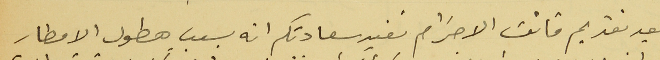
بعد تقديم فائق الاحترام نفيد سعادتكم انه بسبب هطول الامطار